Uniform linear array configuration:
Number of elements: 8
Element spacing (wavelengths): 0.5
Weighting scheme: hamming
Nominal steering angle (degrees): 0
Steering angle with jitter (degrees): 1.804
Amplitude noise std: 0.05
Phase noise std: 0.05

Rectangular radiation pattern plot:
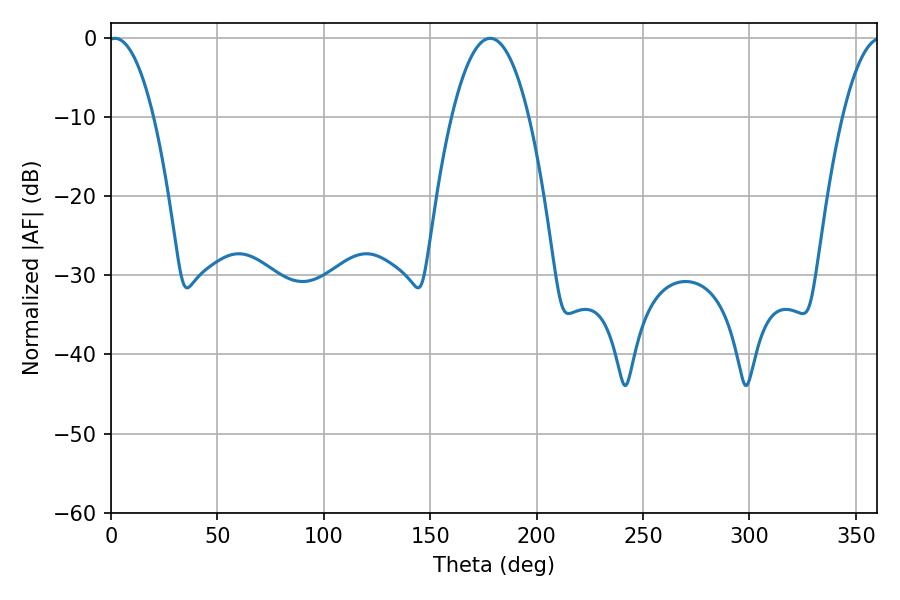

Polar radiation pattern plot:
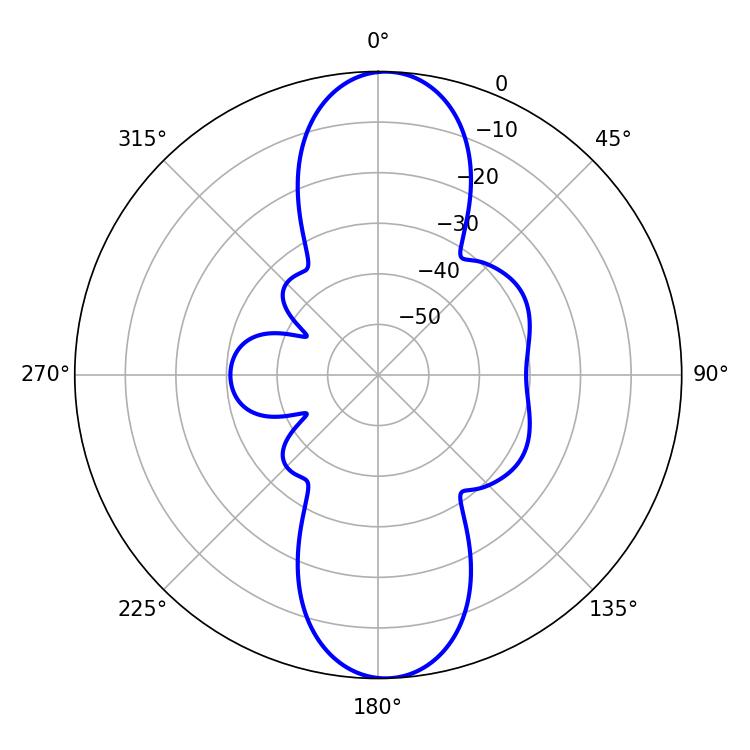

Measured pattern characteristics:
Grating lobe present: FALSE
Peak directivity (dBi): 19.018
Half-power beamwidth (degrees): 11.88
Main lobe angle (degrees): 1.8